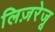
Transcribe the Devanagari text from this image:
लिज़रेजू